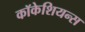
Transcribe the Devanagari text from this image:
कॉकेशियन्स